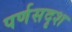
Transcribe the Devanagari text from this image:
पर्णसदृश